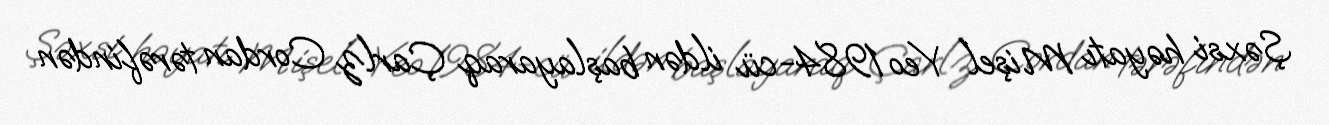
Şəxsi həyatı Mişel Yeo 1984-cü ildən başlayaraq Çarlz Cordan tərəfindən